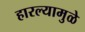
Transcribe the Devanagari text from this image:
हारल्यामुळे